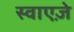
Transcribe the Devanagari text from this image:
स्वाएज़े